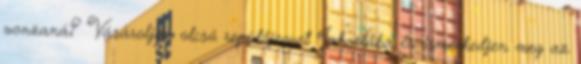
vonzaná? Vásároljon olcsó repülőjegyet Jakartába és ismerkedjen meg az